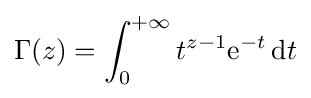
\Gamma (z)=\int _{0}^{+\infty }t^{z-1}\mathrm {e} ^{-t}\,\mathrm {d} t